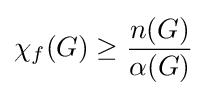
\chi _{f}(G)\geq {\frac {n(G)}{\alpha (G)}}